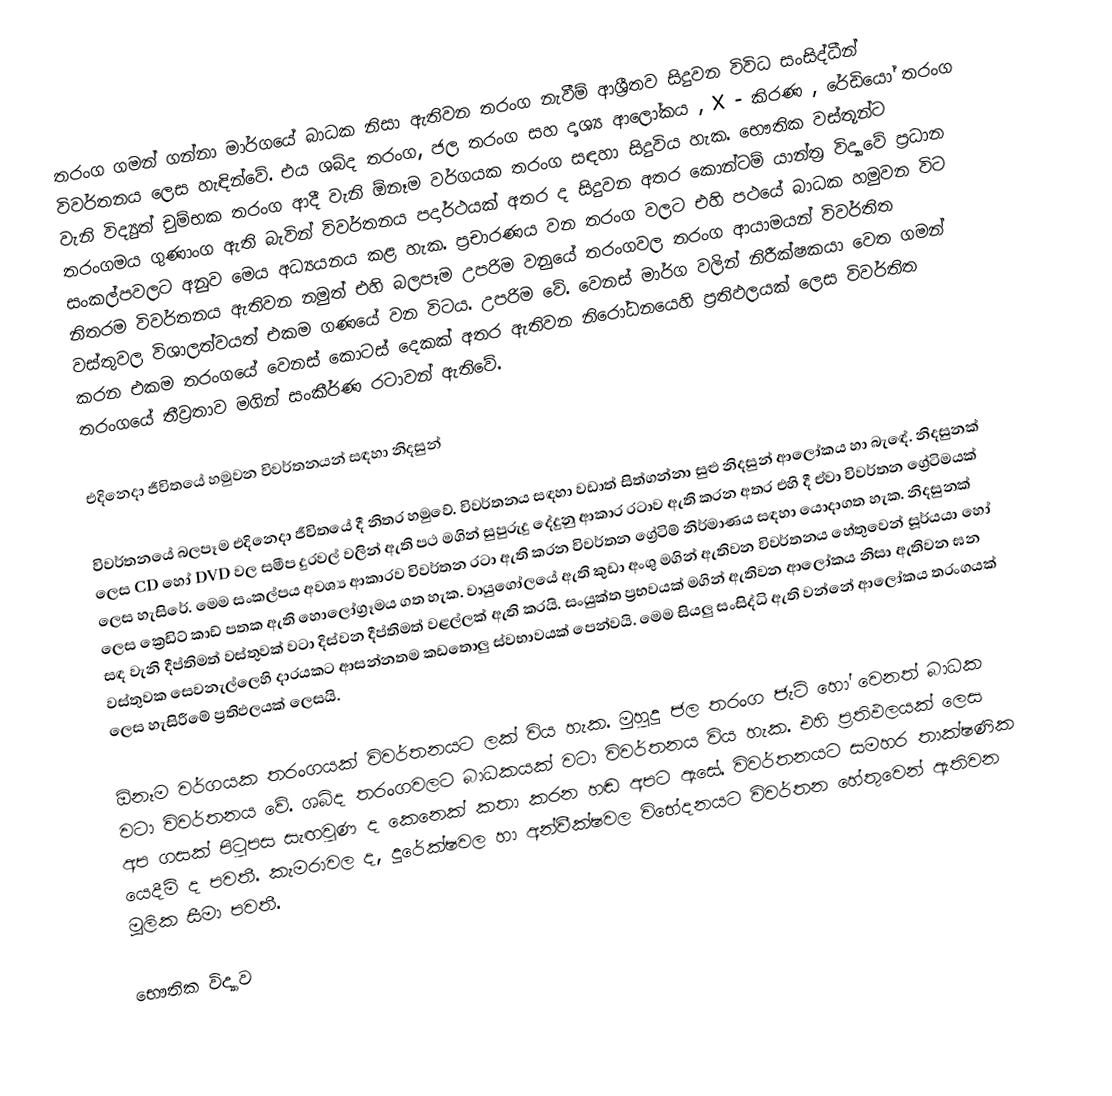
තරංග ගමන් ගන්නා මාර්ගයේ බාධක නිසා ඇතිවන තරංග නැවීම් ආශ්‍රීතව සිදුවන විවිධ සංසිද්ධීන් විවර්තනය ලෙස හැඳින්වේ. එය ශබ්ද තරංග, ජල තරංග සහ දෘශ්‍ය ආලෝකය , X - කිරණ , රේඩියෝ තරංග වැනි විද්‍යුත් චුම්භක තරංග ආදී වැනි ඕනෑම වර්ගයක තරංග සඳහා සිදුවිය හැක. භෞතික වස්තූන්ට තරංගමය ගුණාංග ඇති බැවින් විවර්තනය පදාර්ථයක් අතර ද සිදුවන අතර කොන්ටම් යාන්ත්‍ර විද්‍යාවේ ප්‍රධාන සංකල්පවලට අනුව  මෙය අධ්‍යයනය කළ හැක. ප්‍රචාරණය වන තරංග වලට එහි පථයේ බාධක හමුවන විට නිතරම විවර්තනය ඇතිවන නමුත් එහි බලපෑම උපරිම වනුයේ තරංගවල තරංග ආයාමයන් විවර්තිත වස්තුවල විශාලත්වයත් එකම ගණයේ වන විටය. උපරිම වේ. වෙනස් මාර්ග වලින් නිරීක්ෂකයා වෙත ගමන් කරන එකම තරංගයේ වෙනස් කොටස් දෙකක් අතර ඇතිවන නිරෝධනයෙහි ප්‍රතිඵලයක් ලෙස විවර්තිත තරංගයේ තීව්‍රතාව මගින් සංකීර්ණ රටාවන් ඇතිවේ.

එදිනෙදා ජීවිතයේ හමුවන විවර්තනයන් සඳහා නිදසුන්

විවර්තනයේ බලපෑම එදිනෙදා ජීවිතයේ දී නිතර හමුවේ. විවර්තනය සඳහා වඩාත් සිත්ගන්නා සුළු නිදසුන් ආලෝකය හා‍ බැ‍ඳේ. නිදසුනක් ලෙස CD  හෝ DVD  වල සමීප දුරවල් වලින් ඇති පථ මගින් සුපුරුදු දේදුනු ආකාර රටාව ඇති කරන අතර එහි දී ඒවා විවර්තන ග්‍රේටිමයක් ලෙස හැසිරේ. මෙම සංකල්පය අවශ්‍ය ආකාරව විවර්තන රටා ඇති කරන විවර්තන ග්‍රේටිම් නිර්මාණය සඳහා යොදාගත හැක. නිදසුනක් ලෙස ක්‍රෙඩිට් කාඩ් පතක ඇති හොලෝග්‍රෑමය ගත හැක. වායුගෝලයේ ඇති කුඩා අංශු මගින් ඇතිවන විවර්තනය හේතුවෙන් සූර්යයා හෝ සඳ වැනි දීප්තිමත් වස්තුවක් වටා දිස්වන දීප්තිමත් වළල්ලක් ඇති කරයි. සංයුක්ත ප්‍රභවයක් මගින් ඇතිවන ආලෝකය නිසා ඇතිවන ඝන වස්තුවක සෙවනැල්ලෙහි දාරයකට  ආසන්නතම කඩතොලු ස්වභාවයක් පෙන්වයි. මෙම සියලු සංසිද්ධි ඇති  වන්නේ ආලෝකය තරංගයක් ලෙස හැසිරී‍මේ ප්‍රතිඵලයක් ලෙසයි.

ඕනෑම වර්ගයක තරංගයක් විවර්තනයට ලක් විය හැක. මුහුදු ජල තරංග  ජැටි හෝ වෙනත් බාධක වටා විවර්තනය වේ. ශබ්ද තරංගවලට බාධකයක් වටා විවර්තනය විය හැක. එහි ප්‍රතිඵලයක් ලෙස අප ගසක් පිටුපස සැඟවුණ ද කෙනෙක් කතා කරන හඬ අපට ඇසේ. විවර්තනයට සමහර තාක්ෂණික යෙදීම් ද පවතී. කැමරාවල ද, දුරේක්ෂවල හා අන්වීක්ෂවල විභේදනයට විවර්තන හේතුවෙන් ඇතිවන මූලික සීමා පවතී.

භෞතික විද්‍යාව